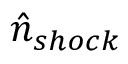
\hat { n } _ { s h o c k }